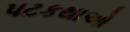
પટકથાઓ